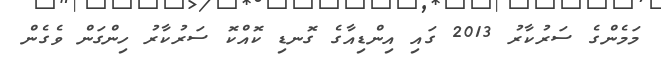
މަމެންގެ ސަރުކާރު 2013 ގައި އިންޑިއާގެ ގޮނޑި ކޮއްކޮ ސަރުކާރު ހިންގަން ވެގެން